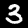
Label: 3